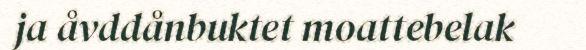
ja åvddånbuktet moattebelak